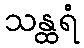
သန္ထရံ